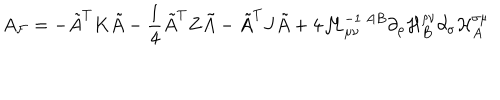
A _ { \cal F } = - \tilde { A } ^ { T } K \tilde { A } - \frac { 1 } { 4 } \tilde { A } ^ { T } Z \tilde { A } - \tilde { A } ^ { T } J \tilde { A } + 4 { \cal M } _ { \mu \nu } ^ { - 1 \ A B } \partial _ { \rho } { \cal H } _ { B } ^ { \rho \nu } \partial _ { \sigma } { \cal H } _ { A } ^ { \sigma \mu }